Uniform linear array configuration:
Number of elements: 48
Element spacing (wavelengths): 1
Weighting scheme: hann
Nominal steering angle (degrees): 15
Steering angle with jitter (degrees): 14.611
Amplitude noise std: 0.05
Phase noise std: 0.05

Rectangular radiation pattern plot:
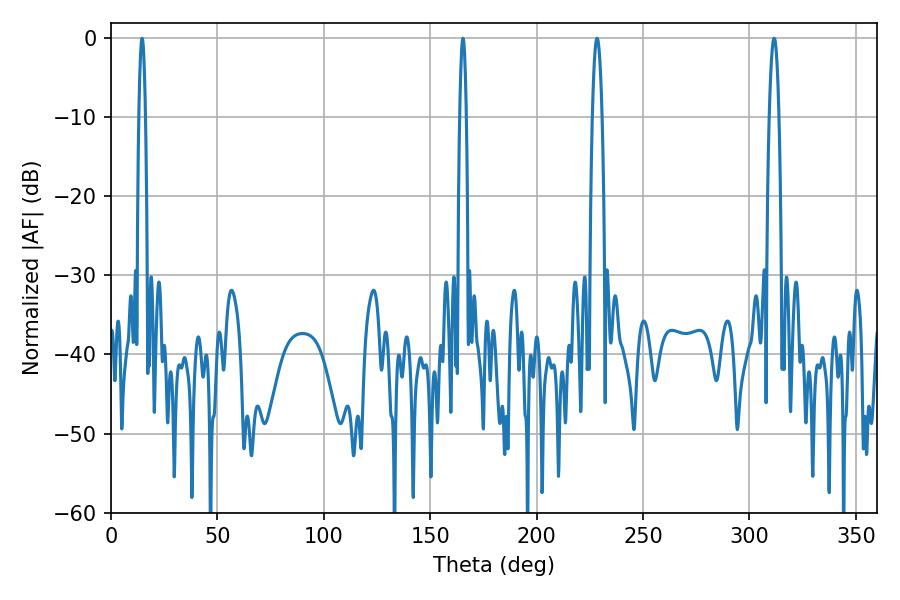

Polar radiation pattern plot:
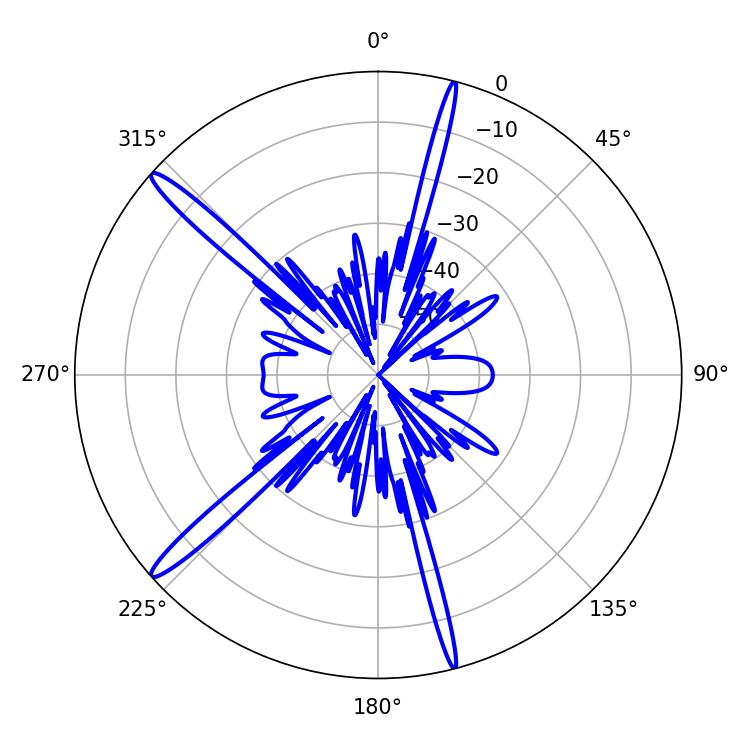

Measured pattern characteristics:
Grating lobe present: TRUE
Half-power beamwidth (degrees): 2.52
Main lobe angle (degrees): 311.58